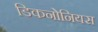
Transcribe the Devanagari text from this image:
डिकनोनियस